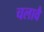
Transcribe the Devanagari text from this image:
चलावै